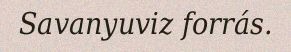
Savanyuviz forrás.